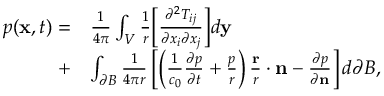
\begin{array} { r l } { p ( \mathbf { x } , t ) = } & { \frac { 1 } { 4 \pi } \int _ { V } \frac { 1 } { r } \Big [ \frac { \partial ^ { 2 } T _ { i j } } { \partial x _ { i } \partial x _ { j } } \Big ] d \mathbf { y } } \\ { + } & { \int _ { \partial B } \frac { 1 } { 4 \pi r } \left[ \left( \frac { 1 } { c _ { 0 } } \frac { \partial p } { \partial t } + \frac { p } { r } \right) \frac { \mathbf { r } } { r } \cdot \mathbf { n } - \frac { \partial p } { \partial \mathbf { n } } \right] d \partial B , } \end{array}